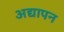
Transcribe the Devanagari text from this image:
अद्यापन